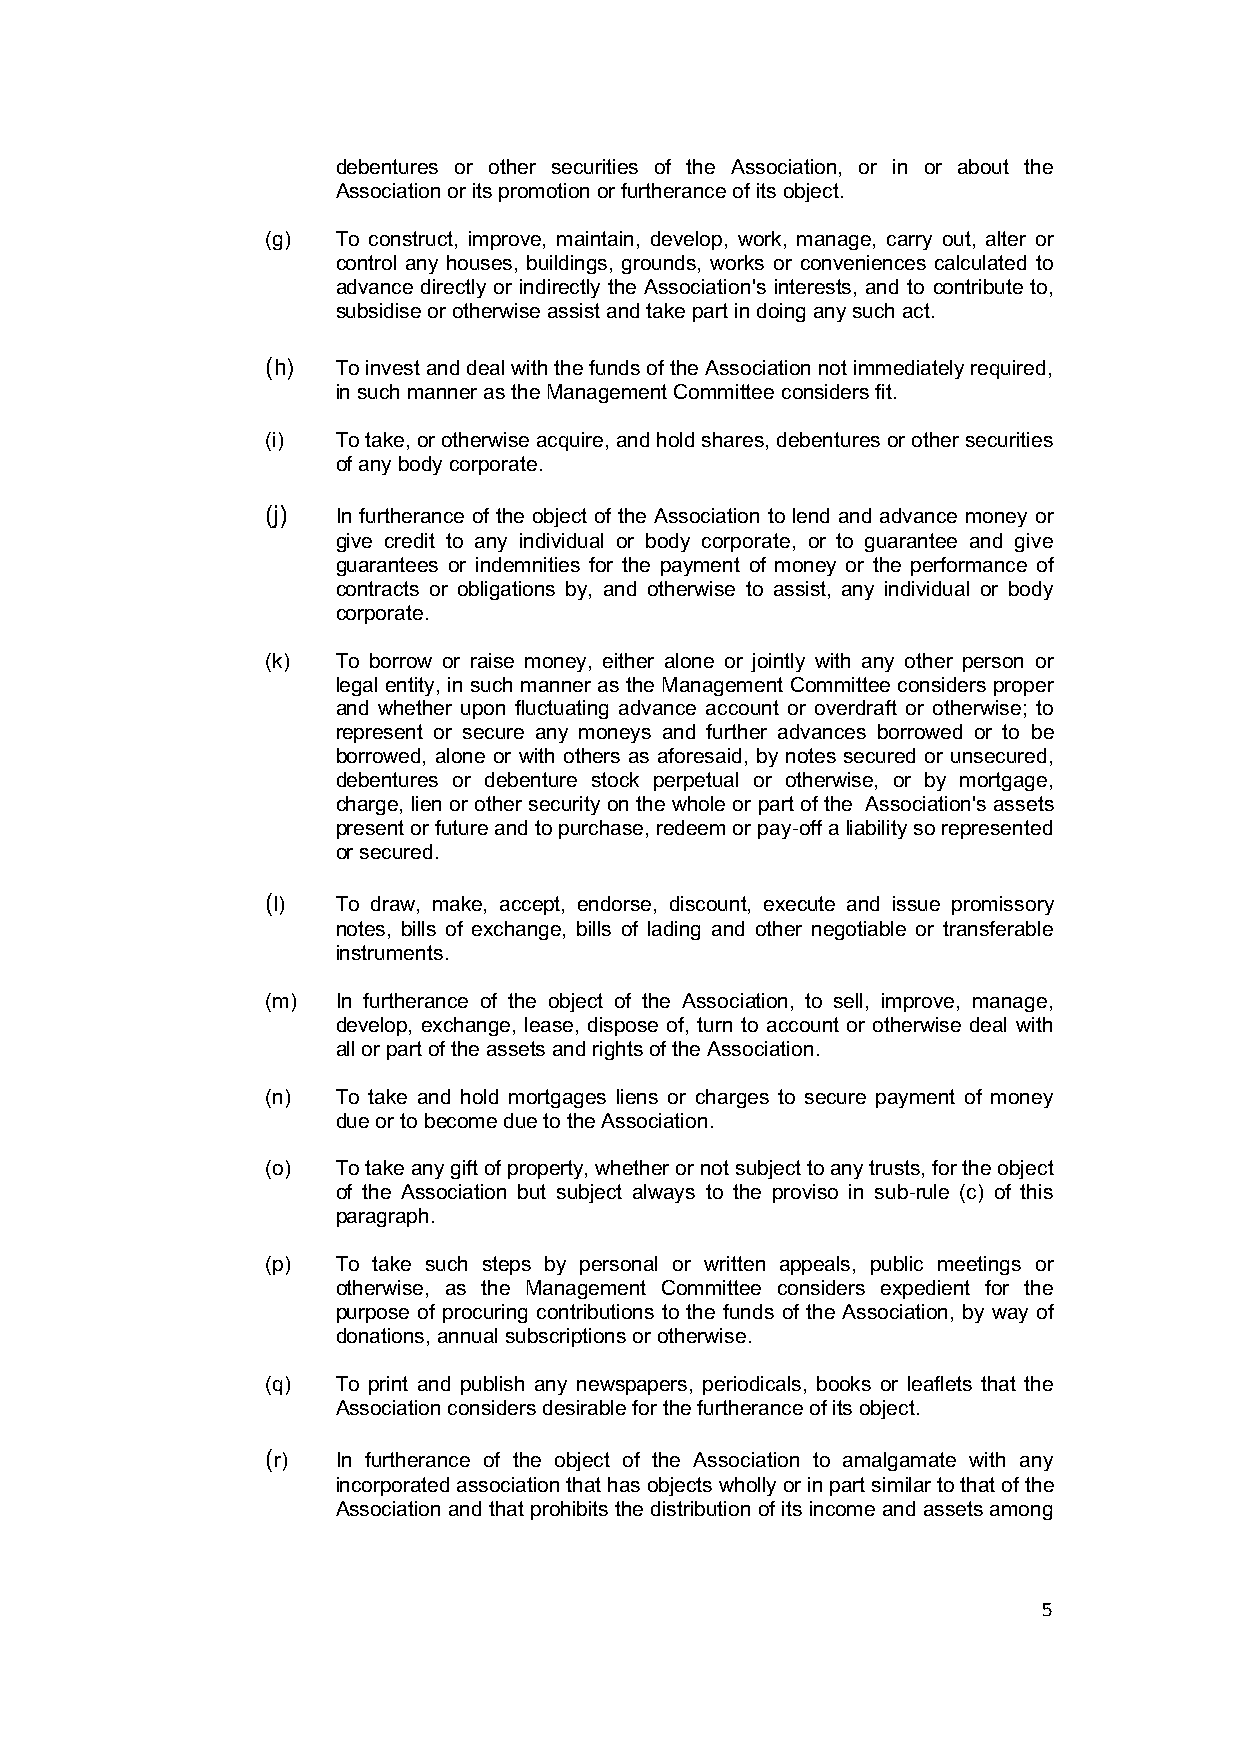
debentures or other securities of the Association, or in or about the
 Association or its promotion or furtherance of its object.
 (g) To construct, improve, maintain, develop, work, manage, carry out, alter or
 control any houses, buildings, grounds, works or conveniences calculated to
 advance directly or indirectly the Association's interests, and to contribute to,
 subsidise or otherwise assist and take part in doing any such act.
 (h) To invest and deal with the funds of the Association not immediately required,
 in such manner as the Management Committee considers fit.
 (i) To take, or otherwise acquire, and hold shares, debentures or other securities
 of any body corporate.
 (j) In furtherance of the object of the Association to lend and advance money or
 give credit to any individual or body corporate, or to guarantee and give
 guarantees or indemnities for the payment of money or the performance of
 contracts or obligations by, and otherwise to assist, any individual or body
 corporate.
 (k) To borrow or raise money, either alone or jointly with any other person or
 legal entity, in such manner as the Management Committee considers proper
 and whether upon fluctuating advance account or overdraft or otherwise; to
 represent or secure any moneys and further advances borrowed or to be
 borrowed, alone or with others as aforesaid, by notes secured or unsecured,
 debentures or debenture stock perpetual or otherwise, or by mortgage,
 charge, lien or other security on the whole or part of the Association's assets
 present or future and to purchase, redeem or pay-off a liability so represented
 or secured.
 (l) To draw, make, accept, endorse, discount, execute and issue promissory
 notes, bills of exchange, bills of lading and other negotiable or transferable
 instruments.
 (m) In furtherance of the object of the Association, to sell, improve, manage,
 develop, exchange, lease, dispose of, turn to account or otherwise deal with
 all or part of the assets and rights of the Association.
 (n) To take and hold mortgages liens or charges to secure payment of money
 due or to become due to the Association.
 (o) To take any gift of property, whether or not subject to any trusts, for the object
 of the Association but subject always to the proviso in sub-rule (c) of this
 paragraph.
 (p) To take such steps by personal or written appeals, public meetings or
 otherwise, as the Management Committee considers expedient for the
 purpose of procuring contributions to the funds of the Association, by way of
 donations, annual subscriptions or otherwise.
 (q) To print and publish any newspapers, periodicals, books or leaflets that the
 Association considers desirable for the furtherance of its object.
 (r) In furtherance of the object of the Association to amalgamate with any
 incorporated association that has objects wholly or in part similar to that of the
 Association and that prohibits the distribution of its income and assets among
 5